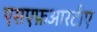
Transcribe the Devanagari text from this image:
एसएफ़आरटीए